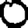
Digit: 0